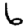
Digit: 6